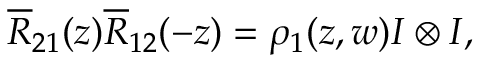
\overline { { { R } } } _ { 2 1 } ( z ) \overline { { { R } } } _ { 1 2 } ( - z ) = \rho _ { 1 } ( z , w ) I \otimes I ,